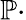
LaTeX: \mathbb{P}\cdot